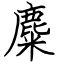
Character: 麋